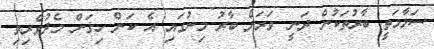
ސަލާމަތީ ބާރުތަކުން ދަނީ ވަރަށް ބާރު މިނުގައި އެ ކަން ހިގަން މެދުވެރިވި